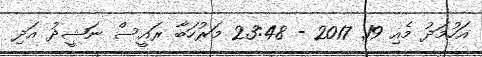
އަހުމަދު މެއި 19